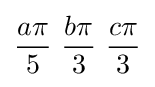
{a\pi  \over 5}\ {b\pi  \over 3}\ {c\pi  \over 3}